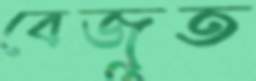
বেজুত